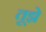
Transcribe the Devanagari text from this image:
तूझे